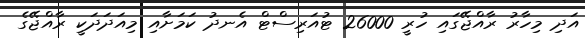
އަދި މިހާރު ރާއްޖޭގައި ހުރީ 26000 ޓުއަރިސްޓް އެނދު ކަމަށާއިި މިއަދަދަކީ ރާއްޖޭގެ